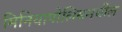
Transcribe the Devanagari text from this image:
मिनियापोलिसमधील